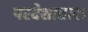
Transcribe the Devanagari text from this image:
परदेशातला